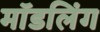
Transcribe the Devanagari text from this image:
मॉडलिंग